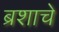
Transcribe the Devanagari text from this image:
ब्रशाचे